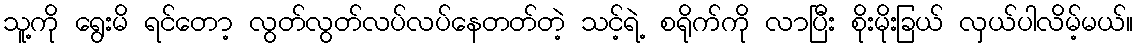
သူ့ကို ရွေးမိ ရင်တော့ လွတ်လွတ်လပ်လပ်နေတတ်တဲ့ သင့်ရဲ့ စရိုက်ကို လာပြီး စိုးမိုးခြယ် လှယ်ပါလိမ့်မယ်။